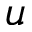
u